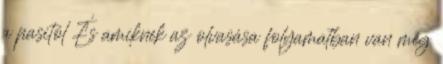
a pasitól És amiknek az olvasása folyamatban van még